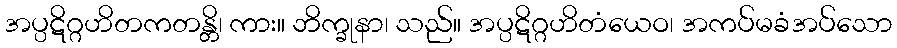
အပ္ပဋိဂ္ဂဟိတကတန္တိ၊ ကား။ ဘိက္ခုနာ၊ သည်။ အပ္ပဋိဂ္ဂဟိတံယေဝ၊ အကပ်မခံအပ်သော